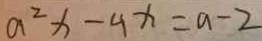
a ^ { 2 } x - 4 x = a - 2